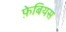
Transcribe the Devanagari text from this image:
फ़ेबियस